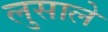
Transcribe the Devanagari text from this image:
लुसाले